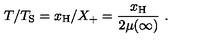
T / T _ { \mathrm { S } } = x _ { \mathrm { H } } / X _ { + } = \frac { x _ { \mathrm { H } } } { 2 \mu ( \infty ) } \ .